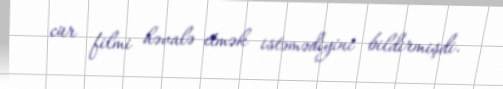
cür filmi həvalə etmək istəmədiyini bildirmişdi.